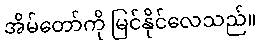
အိမ်တော်ကို မြင်နိုင်လေသည်။